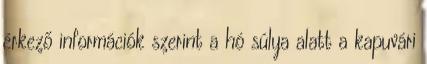
érkező információk szerint a hó súlya alatt a kapuvári